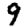
Digit: 9